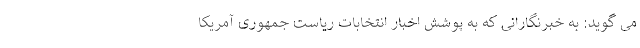
می گوید: به خبرنگارانی که به پوشش اخبار انتخابات ریاست جمهوری آمریکا